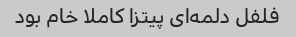
فلفل دلمه‌ای پیتزا کاملا خام بود